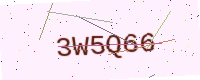
Text: 3W5Q66